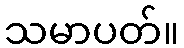
သမာပတ်။